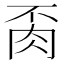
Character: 𦙂